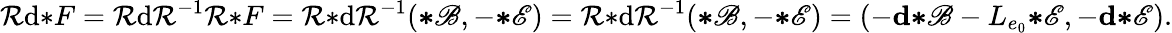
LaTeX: \mathcal{R}\mathrm{d}{*}F=\mathcal{R}\mathrm{d}\mathcal{R}^{-1}\mathcal{R}{*}F=\mathcal{R}{*}\mathrm{d}\mathcal{R}^{-1}({\boldsymbol{*}}\mathscr{B},-{\boldsymbol{*}}\mathscr{E})=\mathcal{R}{*}\mathrm{d}\mathcal{R}^{-1}({\boldsymbol{*}}\mathscr{B},-{\boldsymbol{*}}\mathscr{E})=(-\mathbf{d}{\boldsymbol{*}}\mathscr{B}-L_{e_{0}}{\boldsymbol{*}}\mathscr{E},-\mathbf{d}{\boldsymbol{*}}\mathscr{E}).